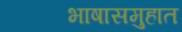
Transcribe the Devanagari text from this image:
भाषासमुहात